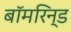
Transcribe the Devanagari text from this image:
बॉमरिन्ड